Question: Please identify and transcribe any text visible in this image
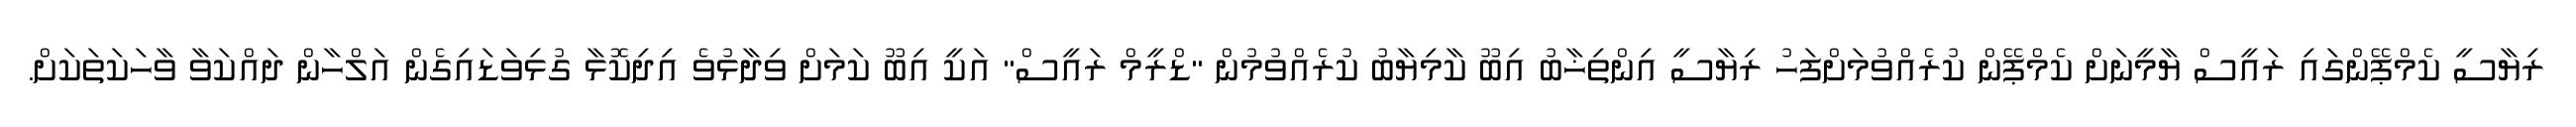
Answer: ރިޔާސީ ކެމްޕޭންގައި ރައީސް ޔާމީނަށް ކެމްޕޭން ކުރެއްވުމަށްފަހު ރިޔާސީ އިންތިޚާބު އިބޫ ކާމިޔާބު ކުރެއްވުމުން "ޑްރީމް ރައީސް" އަކީ އިބޫ ކަމަށް ވިދާޅުވެ އިދިކޮޅާ ގުޅިވަޑައިގެން އަލްހާން ދައްކަވާ ވާހަކަތަކަށް.